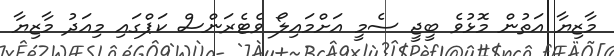
މާޒިޔާ އަތުން މޮޅުވެ ބީޖީ ސެމީ އަށްމައިލޯ ވެޓެރަންސް ކަޕްގައި މިއަދު މާޒިޔާ